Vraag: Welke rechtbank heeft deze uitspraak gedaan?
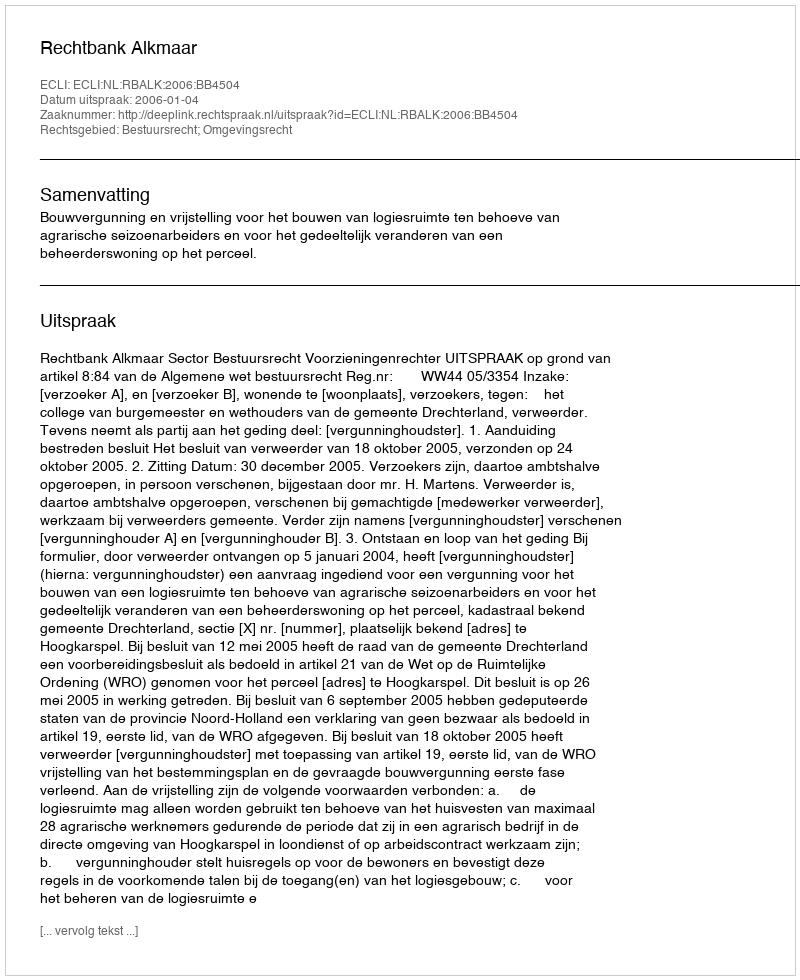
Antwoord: Rechtbank Alkmaar